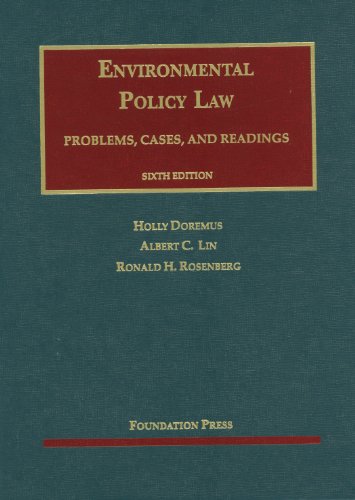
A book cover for Doremus, Lin and Rosenberg's Environmental Policy Law (University Casebook Series); Holly Doremus; Law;